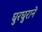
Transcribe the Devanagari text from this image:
घुरघुराने